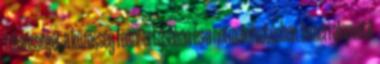
felelősségét a közösség fenntartásában és a normakövetésben. Ismeri alapvető